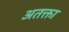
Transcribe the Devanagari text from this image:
अतक्ता